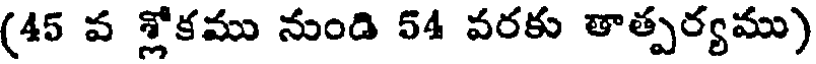
(45 వ శ్లోకము నుండి 54 వరకు తాత్పర్యము)